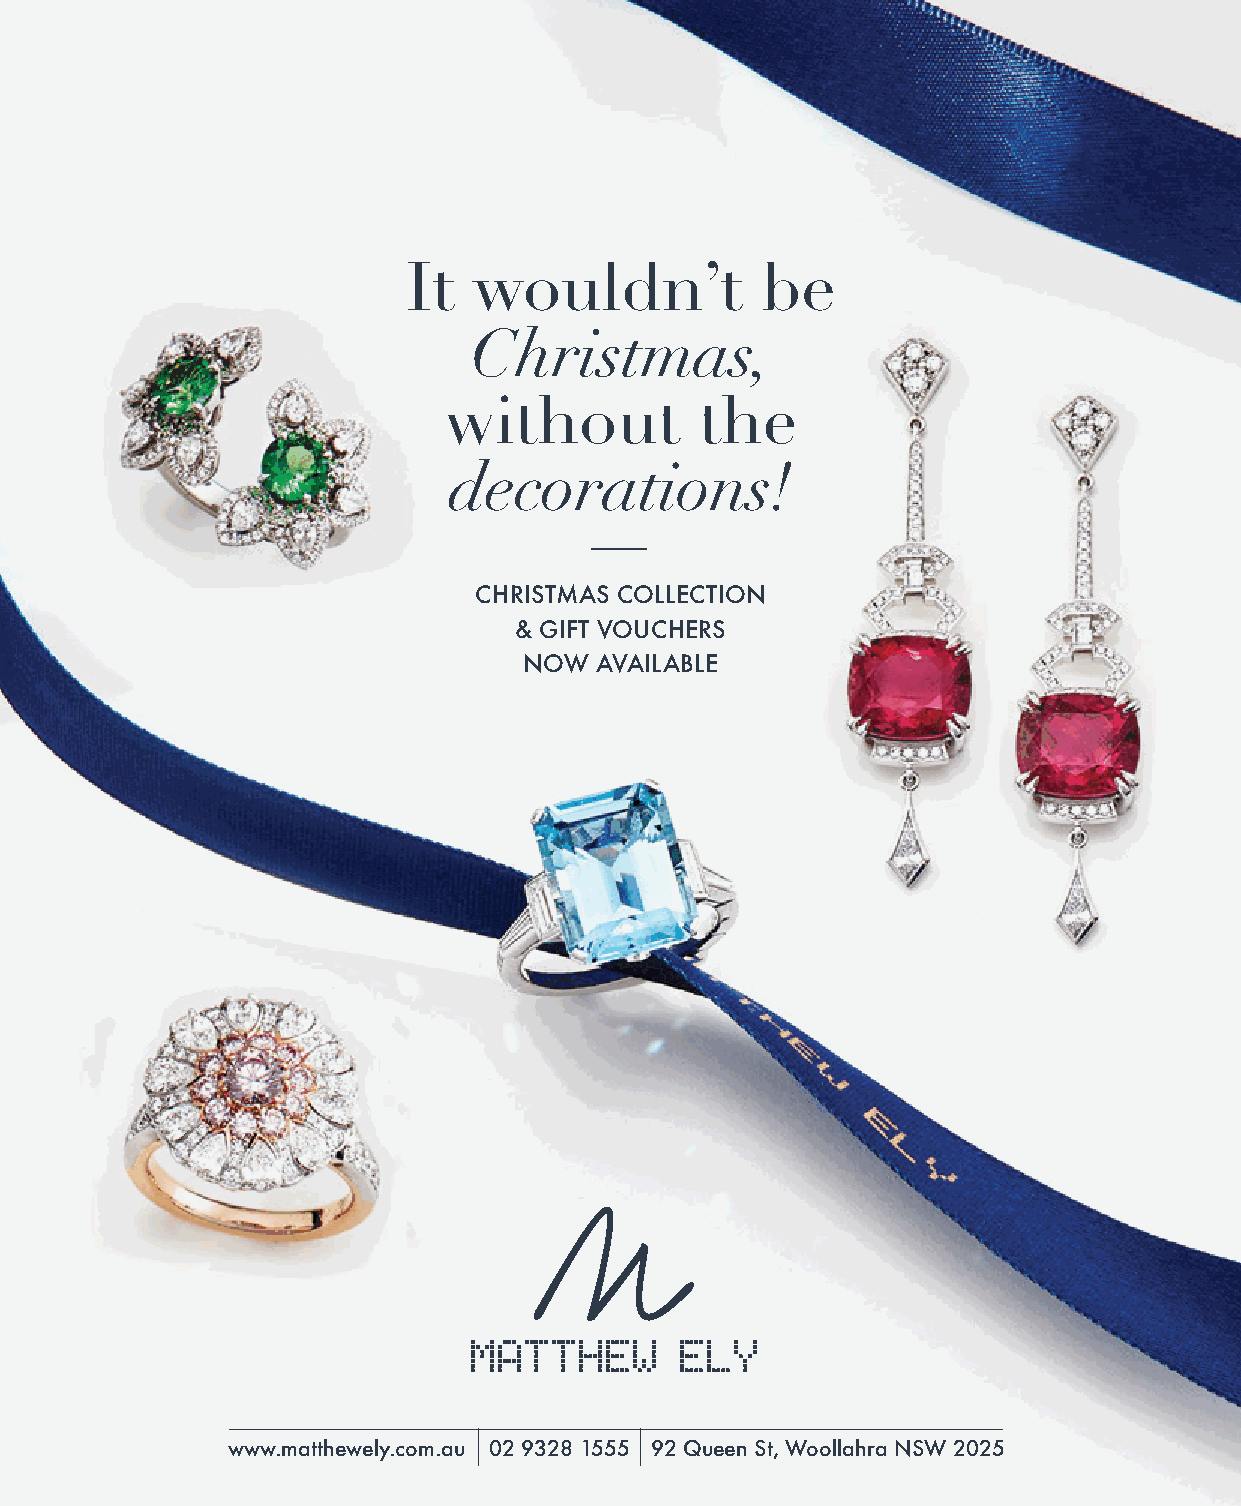
It  wouldn’t           be
 Christmas,
 without          the
 decorations!
 CHRISTMAS COLLECTION
 & GIFT VOUCHERS
 NOW AVAILABLE
 www.matthewely.com.au 02 9328 1555 92 Queen St, Woollahra NSW 2025